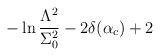
LaTeX: \begin{align*}-\ln\frac{\Lambda^2}{\Sigma_0^2}-2\delta(\alpha_c)+2\end{align*}